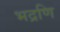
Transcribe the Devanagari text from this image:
भद्रणि